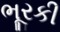
ભૂરકી